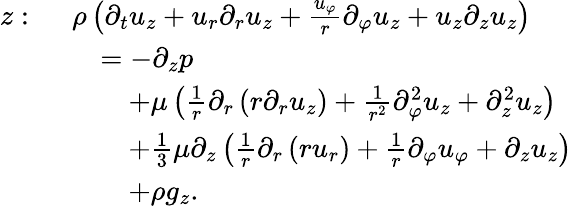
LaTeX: {\begin{array}{rl}{z:\ }&{\rho\left({\partial_{t}u_{z}}+u_{r}{\partial_{r}u_{z}}+{\frac{u_{\varphi}}{r}}{\partial_{\varphi}u_{z}}+u_{z}{\partial_{z}u_{z}}\right)}\\ &{\quad=-{\partial_{z}p}}\\ &{\qquad+\mu\left({\frac{1}{r}}\partial_{r}\left(r{\partial_{r}u_{z}}\right)+{\frac{1}{r^{2}}}{\partial_{\varphi}^{2}u_{z}}+{\partial_{z}^{2}u_{z}}\right)}\\ &{\qquad+{\frac{1}{3}}\mu\partial_{z}\left({\frac{1}{r}}{\partial_{r}\left(ru_{r}\right)}+{\frac{1}{r}}{\partial_{\varphi}u_{\varphi}}+{\partial_{z}u_{z}}\right)}\\ &{\qquad+\rho g_{z}.}\end{array}}